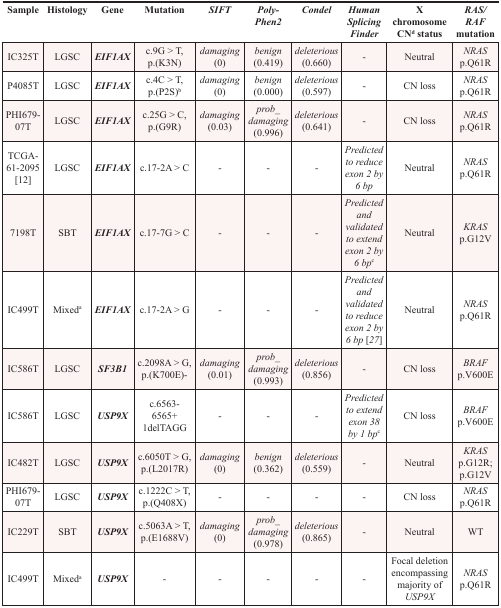
<table><thead><tr><td><b>Sample</b></td><td><b>Histology</b></td><td><b>Gene</b></td><td><b>Mutation</b></td><td><b><i>SIFT</i></b></td><td><b><i>Poly-Phen2</i></b></td><td><b><i>Condel</i></b></td><td><b><i>Human Splicing Finder</i></b></td><td><b>X chromosome CN<sup>d</sup> status</b></td><td><b><i>RAS/RAF</i> mutation</b></td></tr></thead><tbody><tr><td>IC325T</td><td>LGSC</td><td><b><i>EIF1AX</i></b></td><td>c.9G &gt; T, p.(K3N)</td><td><i>damaging</i> (0)</td><td><i>benign</i> (0.419)</td><td><i>deleterious</i> (0.660)</td><td>-</td><td>Neutral</td><td><i>NRAS</i> p.Q61R</td></tr><tr><td>P4085T</td><td>LGSC</td><td><b><i>EIF1AX</i></b></td><td>c.4C &gt; T, p.(P2S)<sup>b</sup></td><td><i>damaging</i> (0)</td><td><i>benign</i> (0.000)</td><td><i>deleterious</i> (0.597)</td><td>-</td><td>CN loss</td><td><i>NRAS</i> p.Q61R</td></tr><tr><td>PHI679-07T</td><td>LGSC</td><td><b><i>EIF1AX</i></b></td><td>c.25G &gt; C, p.(G9R)</td><td><i>damaging</i> (0.03)</td><td><i>prob_damaging</i> (0.996)</td><td><i>deleterious</i> (0.641)</td><td>-</td><td>CN loss</td><td><i>NRAS</i> p.Q61R</td></tr><tr><td>TCGA-61-2095 [12]</td><td>LGSC</td><td><b><i>EIF1AX</i></b></td><td>c.17-2A &gt; C</td><td>-</td><td>-</td><td>-</td><td><i>Predicted to reduce exon 2 by 6 bp</i></td><td>Neutral</td><td><i>NRAS</i> p.Q61R</td></tr><tr><td>7198T</td><td>SBT</td><td><b><i>EIF1AX</i></b></td><td>c.17-7G &gt; C</td><td>-</td><td>-</td><td>-</td><td><i>Predicted and validated to extend exon 2 by 6 bp</i><sup>c</sup></td><td>Neutral</td><td><i>KRAS</i> p.G12V</td></tr><tr><td>IC499T</td><td>Mixed<sup>a</sup></td><td><b><i>EIF1AX</i></b></td><td>c.17-2A &gt; G</td><td>-</td><td>-</td><td>-</td><td><i>Predicted and validated to reduce exon 2 by 6 bp</i> [27]</td><td>Neutral</td><td><i>NRAS</i> p.Q61R</td></tr><tr><td>IC586T</td><td>LGSC</td><td><b><i>SF3B1</i></b></td><td>c.2098A &gt; G, p.(K700E)-</td><td><i>damaging</i> (0.01)</td><td><i>prob_damaging</i> (0.993)</td><td><i>deleterious</i> (0.856)</td><td>-</td><td>CN loss</td><td><i>BRAF</i> p.V600E</td></tr><tr><td>IC586T</td><td>LGSC</td><td><b><i>USP9X</i></b></td><td>c.6563-6565+ 1delTAGG</td><td>-</td><td>-</td><td>-</td><td><i>Predicted to extend exon 38 by 1 bp</i><sup>c</sup></td><td>CN loss</td><td><i>BRAF</i> p.V600E</td></tr><tr><td>IC482T</td><td>LGSC</td><td><b><i>USP9X</i></b></td><td>c.6050T &gt; G, p.(L2017R)</td><td><i>damaging</i> (0)</td><td><i>benign</i> (0.362)</td><td><i>deleterious</i> (0.559)</td><td>-</td><td>Neutral</td><td><i>KRAS</i> p.G12R; p.G12V</td></tr><tr><td>PHI679-07T</td><td>LGSC</td><td><b><i>USP9X</i></b></td><td>c.1222C &gt; T, p.(Q408X)</td><td>-</td><td>-</td><td>-</td><td>-</td><td>CN loss</td><td><i>NRAS</i> p.Q61R</td></tr><tr><td>IC229T</td><td>SBT</td><td><b><i>USP9X</i></b></td><td>c.5063A &gt; T, p.(E1688V)</td><td><i>damaging</i> (0)</td><td><i>prob_damaging</i> (0.978)</td><td><i>deleterious</i> (0.865)</td><td>-</td><td>Neutral</td><td>WT</td></tr><tr><td>IC499T</td><td>Mixed<sup>a</sup></td><td><b><i>USP9X</i></b></td><td>-</td><td>-</td><td>-</td><td>-</td><td>-</td><td>Focal deletion encompassing majority of <i>USP9X</i></td><td><i>NRAS</i> p.Q61R</td></tr></tbody></table>